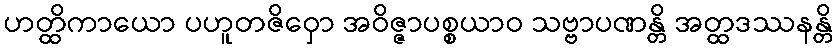
ဟတ္ထိကာယော ပဟူတဇိဝှော အဝိဇ္ဇာပစ္စယာဝ သဗ္ဗာပဏန္တိ အတ္ထဒဿနန္တိ